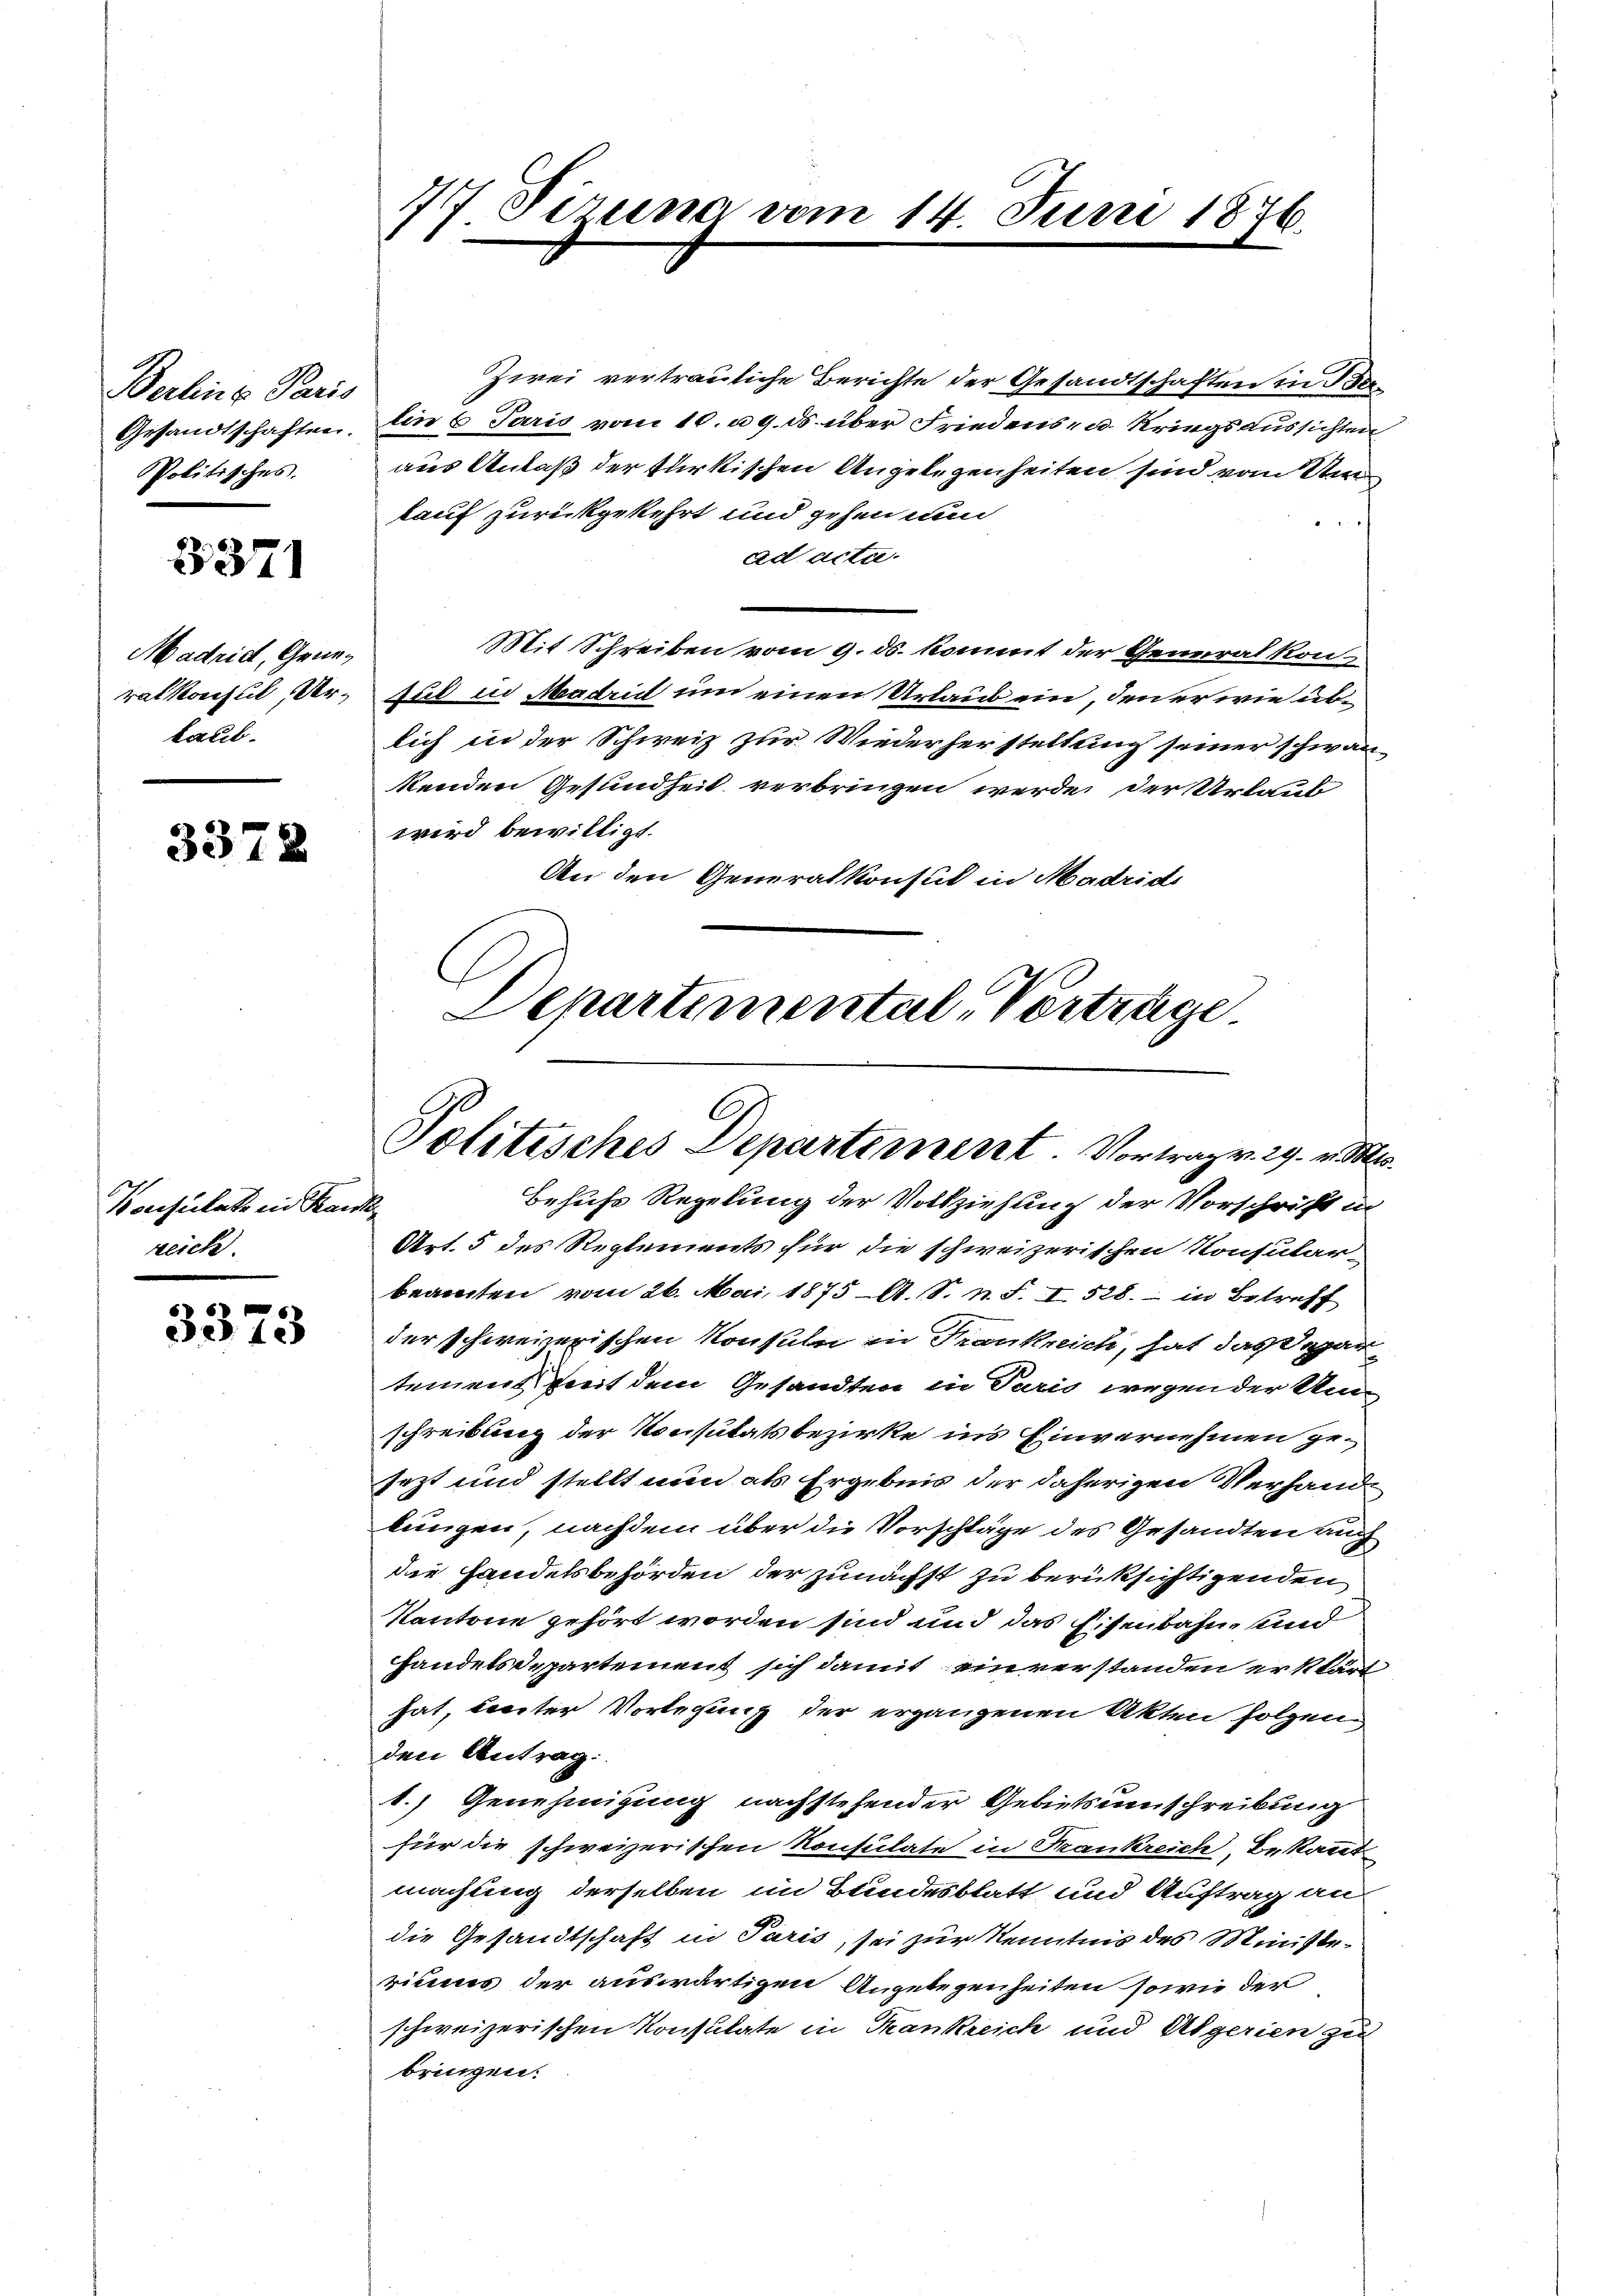
Berline Paris
Gesandtschaften.
Politisches.

3371

Madrich, Generalkonsul, Verkaul.

3378

Konsulate ein Krank
reich

3373

77. Sizung vom 14. Juni 1876.

Zwei vertrauliche Berichte der Gesandtschaften in Berlin 6 Paris vom 10. u 9. ds. über Friedens- u. Kriegsaussichten
aus Anlaß der türkischen Angelegenheiten sind vom Um
kauf zurückgekehrt und gehen nun
ad acta.
Mit Schreiben vom 9. ds. kommt der Generalkon-
gus in Mendrich um einen Urlaub ein, den er wie üblich in der Schweiz zur Wiederherstellung seiner schwan-
kenden Gesundheit verbringen werde, der Urlaub
wird bewilligt.
An den Generalkonsul in Madrid
Denartimental, Vortrage

Politisches Departement. Vortrag v. 29. v. Ms.
Behufs Regelung der Vollziehung der Vorschrift in

Art. 5 des Reglements für die schweizerischen Konsutar-
beamten vom 26. Mai 1875 A. S. n. F. I 528. in Betreff
der schweizerischen Konsuln in Frankreich, hat das Separtemens Zeit dem Gesandten in Paris wegender Um-
schreibung der Konsulatsbezirke ins Einvernehmen gesezt und stellt nun als Ergebnis der daherigen Verhand
lungen, nachdem über die Vorschläge des Gesandten auch
die Handelsbehörden der zunächst zu berüksichtigenden
Kantone gehört worden sind und das Eisenbahn und
handelsdepartement sich damit einverstanden erklärt
hat, leister Vorlegung der ergangenen Akten folgen
den Antrag:
1.) Genehmigung nachstehender Gebietsumschreibung
für die schweizerischen Konsulate in Frankreich, Bekannt
machung derselben im Bundesblatt und Auftrag an
die Gesandtschaft in Paris, sei zur Kenntnis des Ministeriums der auswärtigen Angelegenheiten sowie der
schweizerischen Konsulate in Krankreich und Abgerien zu
bringen.